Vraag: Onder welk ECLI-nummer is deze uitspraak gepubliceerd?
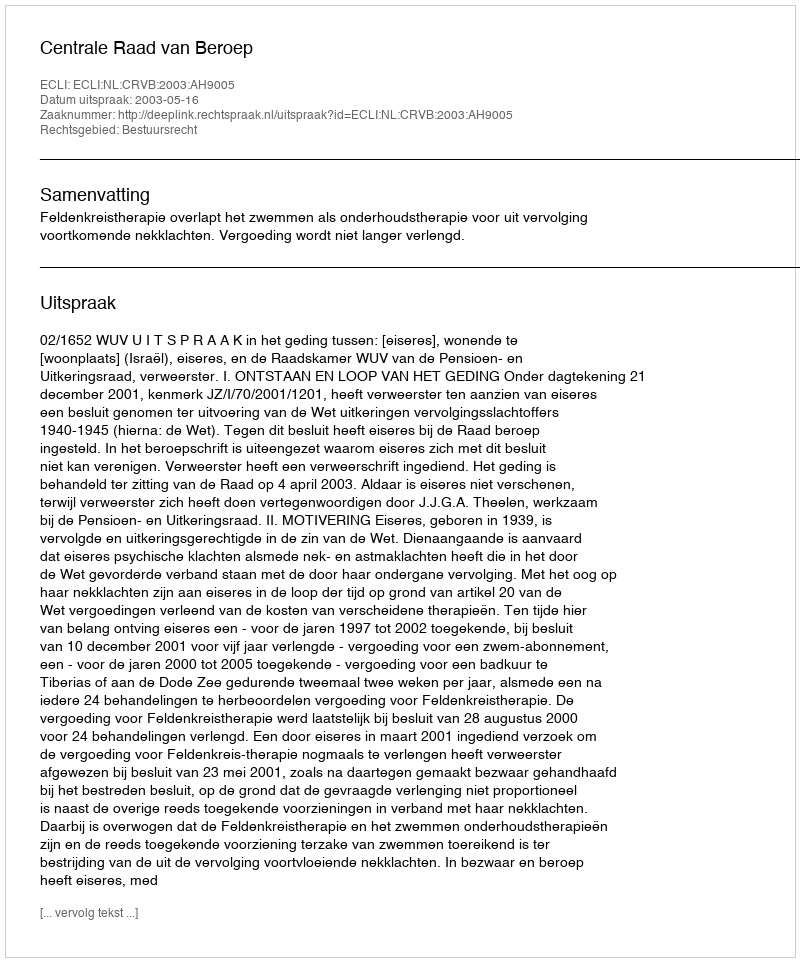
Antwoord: ECLI:NL:CRVB:2003:AH9005